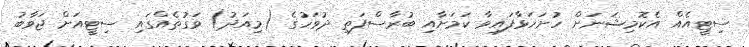
ސިޓީއެއް އެކޮމިޝަނަށް ހުށަހަޅާފައިވާ ކަމަށާއި ބުރާސްފަތި ދުވަހުގެ (މިއަދު) ވަގުތެއްގައި ސިޓީއަށް ޖަވާބު